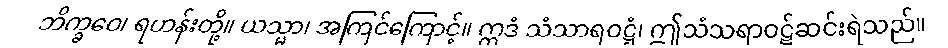
ဘိက္ခဝေ၊ ရဟန်းတို့။ ယသ္မာ၊ အကြင်ကြောင့်။ ဣဒံ သံသာရဝဋ္ဋံ၊ ဤသံသရာဝဋ်ဆင်းရဲသည်။